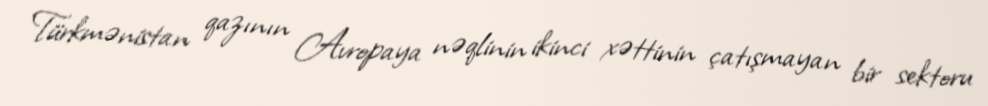
Türkmənistan qazının Avropaya nəqlinin ikinci xəttinin çatışmayan bir sektoru